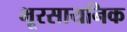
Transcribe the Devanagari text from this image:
भूरसायनिक